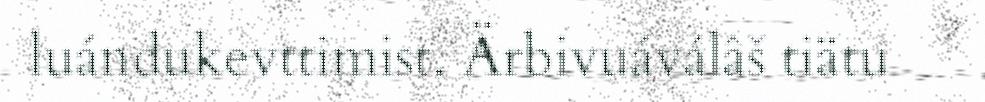
luándukevttimist. Ärbivuáválâš tiätu